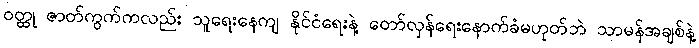
ဝတ္ထု ဇာတ်ကွက်ကလည်း သူရေးနေကျ နိုင်ငံရေးနဲ့ တော်လှန်ရေးနောက်ခံမဟုတ်ဘဲ သာမန်အချစ်နဲ့